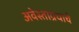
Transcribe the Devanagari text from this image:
अवेस्ताग्रंथाचे